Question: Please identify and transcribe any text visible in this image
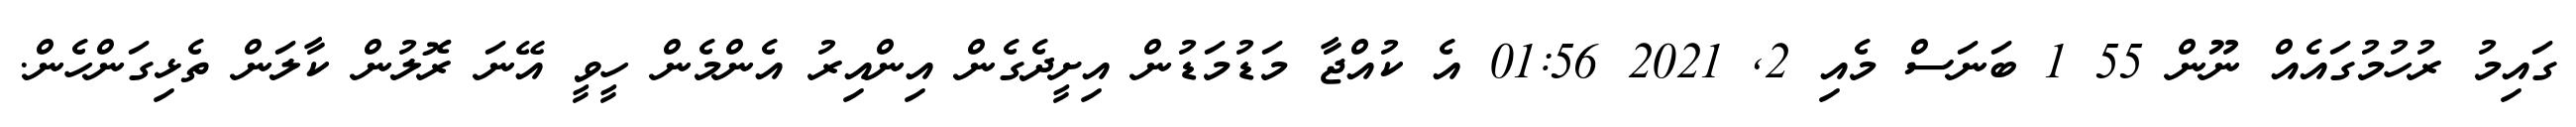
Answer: ގައިމު ރުހުމުގައެއް ނޫން 55 1 ބަނަސް މެއި 2, 2021 01:56 އެ ކުއްޖާ މަޑުމަޑުން އިށީދެގެން އިންއިރު އެންމެން ހީވީ އޭނަ ރޮލުން ކާލަން ތެޅިގަންހެން.